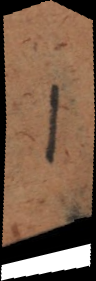
1